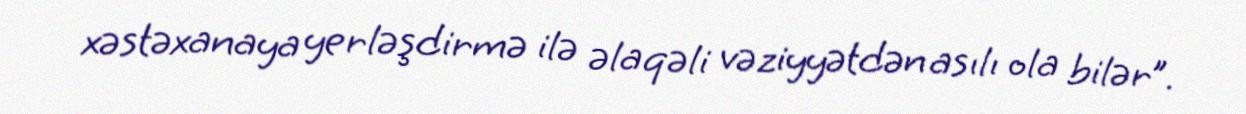
xəstəxanaya yerləşdirmə ilə əlaqəli vəziyyətdən asılı ola bilər”.